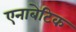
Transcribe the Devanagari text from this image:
एनाबेटिक